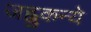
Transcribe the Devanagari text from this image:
जह्नुकन्ये